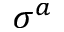
\sigma ^ { a }